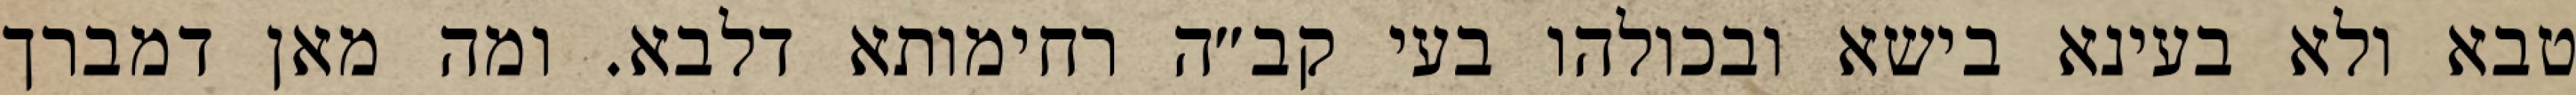
טבא ולא בעינא בישא ובכולהו בעי קב״ה רחימותא דלבא. ומה מאן דמברך